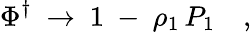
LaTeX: \Phi^{\dagger}\ \to\ 1\ -\ \rho_{1}\, P_{1}\quad,